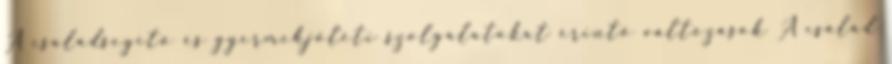
A családsegítő és gyermekjóléti szolgálatokat érintő változások A család